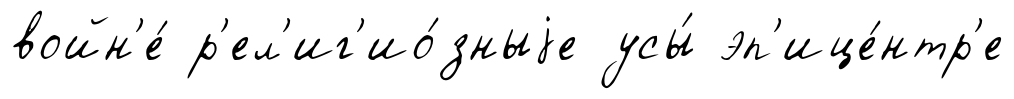
войн'е́ р'ел'иг'ио́зныjе усы́ эп'ице́нтр'е